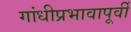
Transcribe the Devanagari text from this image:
गांधीप्रभावापूर्वी